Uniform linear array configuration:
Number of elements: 32
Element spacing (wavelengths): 0.75
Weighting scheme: exponential
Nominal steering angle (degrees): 45
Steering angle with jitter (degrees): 46.461
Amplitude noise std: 0.05
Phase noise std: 0.05

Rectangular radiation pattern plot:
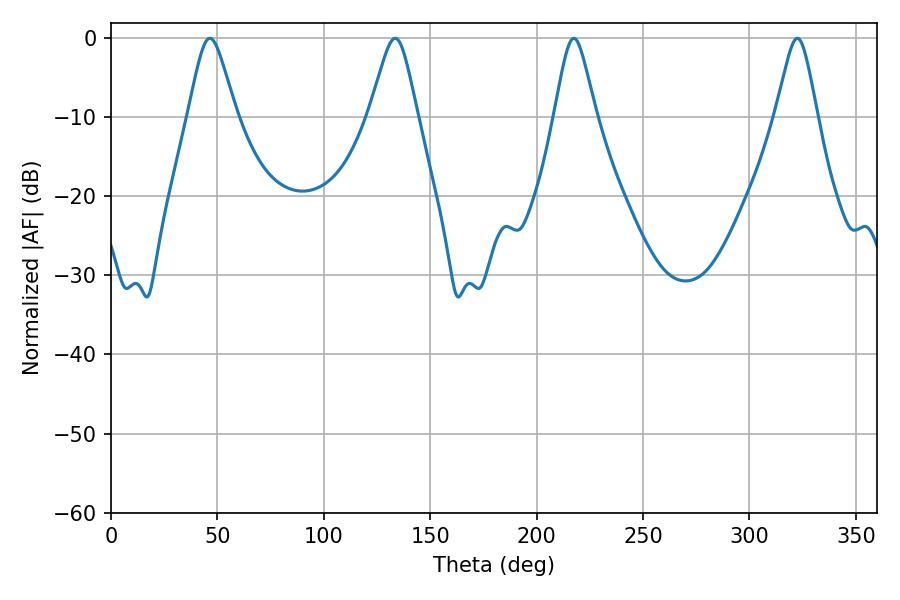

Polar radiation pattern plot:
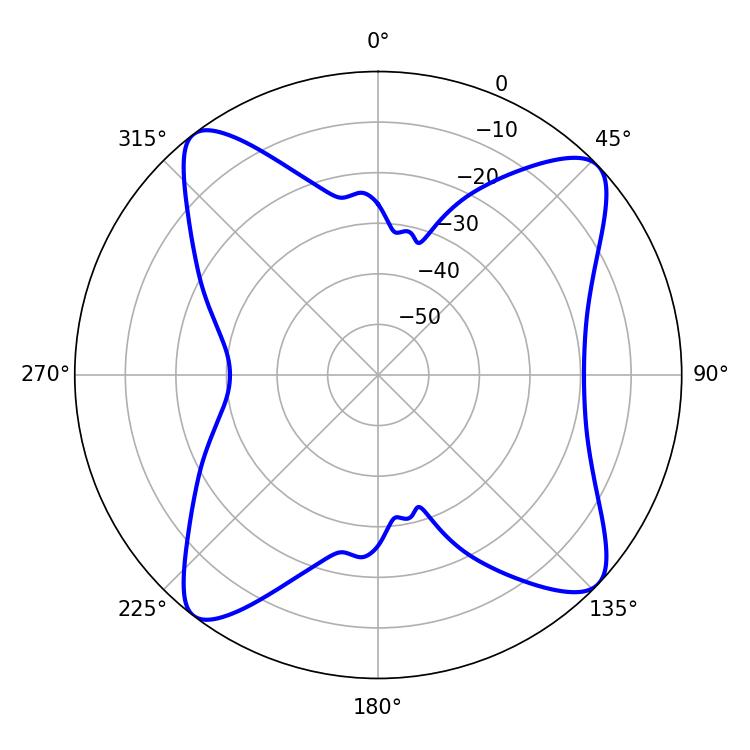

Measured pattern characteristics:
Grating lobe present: TRUE
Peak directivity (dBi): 12.977
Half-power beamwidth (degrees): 10.98
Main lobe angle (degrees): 46.44